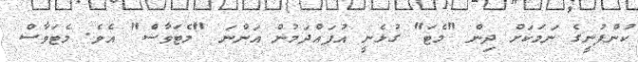
ކުންފުނީގެ ނަމަކަށް ދިން "މެޓަ" ގުޅެނީ އުފައްދަމުން އަންނަ "މެޓަވާސް" އެވެ. މެޓަވާސް